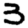
Digit: 3